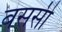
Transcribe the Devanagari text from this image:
बससी